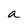
Character: a